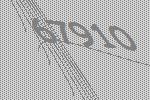
67910